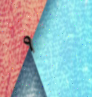
٩